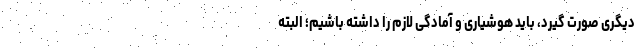
دیگری صورت گیرد، باید هوشیاری و آمادگی لازم را داشته باشیم؛ البته